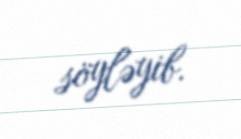
söyləyib.